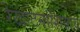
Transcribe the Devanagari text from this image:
रेखाटनांशिवाय